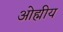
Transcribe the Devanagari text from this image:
ओह्मीय